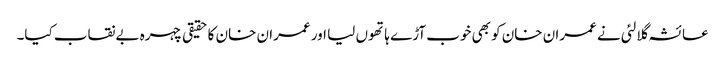
عائشہ گلالئی نے عمران خان کو بھی خوب آڑے ہاتھوں لیا اور عمران خان کا حقیقی چہرہ بےنقاب کیا۔